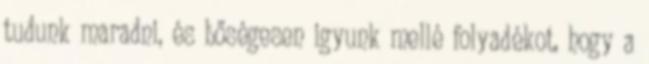
tudunk maradni, és bőségesen igyunk mellé folyadékot, hogy a